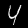
Digit: 4